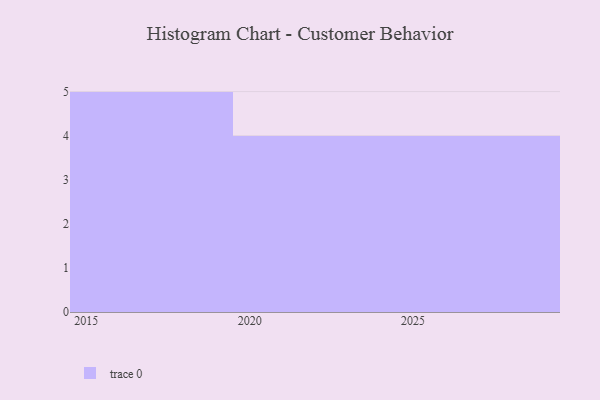
{"axis": {"x": "Year", "y": "Gross Profit (USD K)"}, "legend": [""], "data": [{"x": "2020", "y": 73, "type": ""}, {"x": "2028", "y": 34, "type": ""}, {"x": "2017", "y": 94, "type": ""}, {"x": "2018", "y": 4, "type": ""}, {"x": "2021", "y": 80, "type": ""}, {"x": "2015", "y": 49, "type": ""}, {"x": "2024", "y": 38, "type": ""}, {"x": "2019", "y": 89, "type": ""}, {"x": "2016", "y": 75, "type": ""}, {"x": "2027", "y": 4, "type": ""}, {"x": "2025", "y": 51, "type": ""}, {"x": "2026", "y": 20, "type": ""}, {"x": "2023", "y": 26, "type": ""}]}